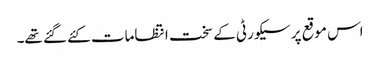
اس موقع پر سیکورٹی کے سخت انتظامات کئے گئے تھے۔